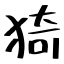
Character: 猗